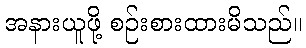
အနားယူဖို့ စဉ်းစားထားမိသည်။